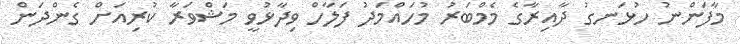
މާފަންނު ހުޅަނގު ދާއިރާގެ މެމްބަރު މުހައްމަދު ފަލާހް ވިދާޅުވީ މަޝްވަރާ ކުރިއަށް ގެންދަން